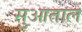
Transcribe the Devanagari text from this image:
सुआताल